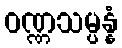
ဝဏ္ဏသမ္ပန္နံ